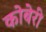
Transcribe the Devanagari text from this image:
कोबेरी